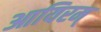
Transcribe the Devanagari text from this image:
आयिरम्